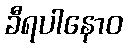
ခီရပါနောဝ